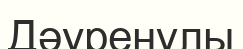
Дәуренұлы